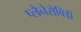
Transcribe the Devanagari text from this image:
प्लैनेरोबिडी